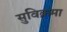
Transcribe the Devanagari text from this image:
सुविक्रमा